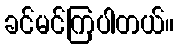
ခင်မင်ကြပါတယ်။